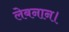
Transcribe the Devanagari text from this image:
लेबनान।